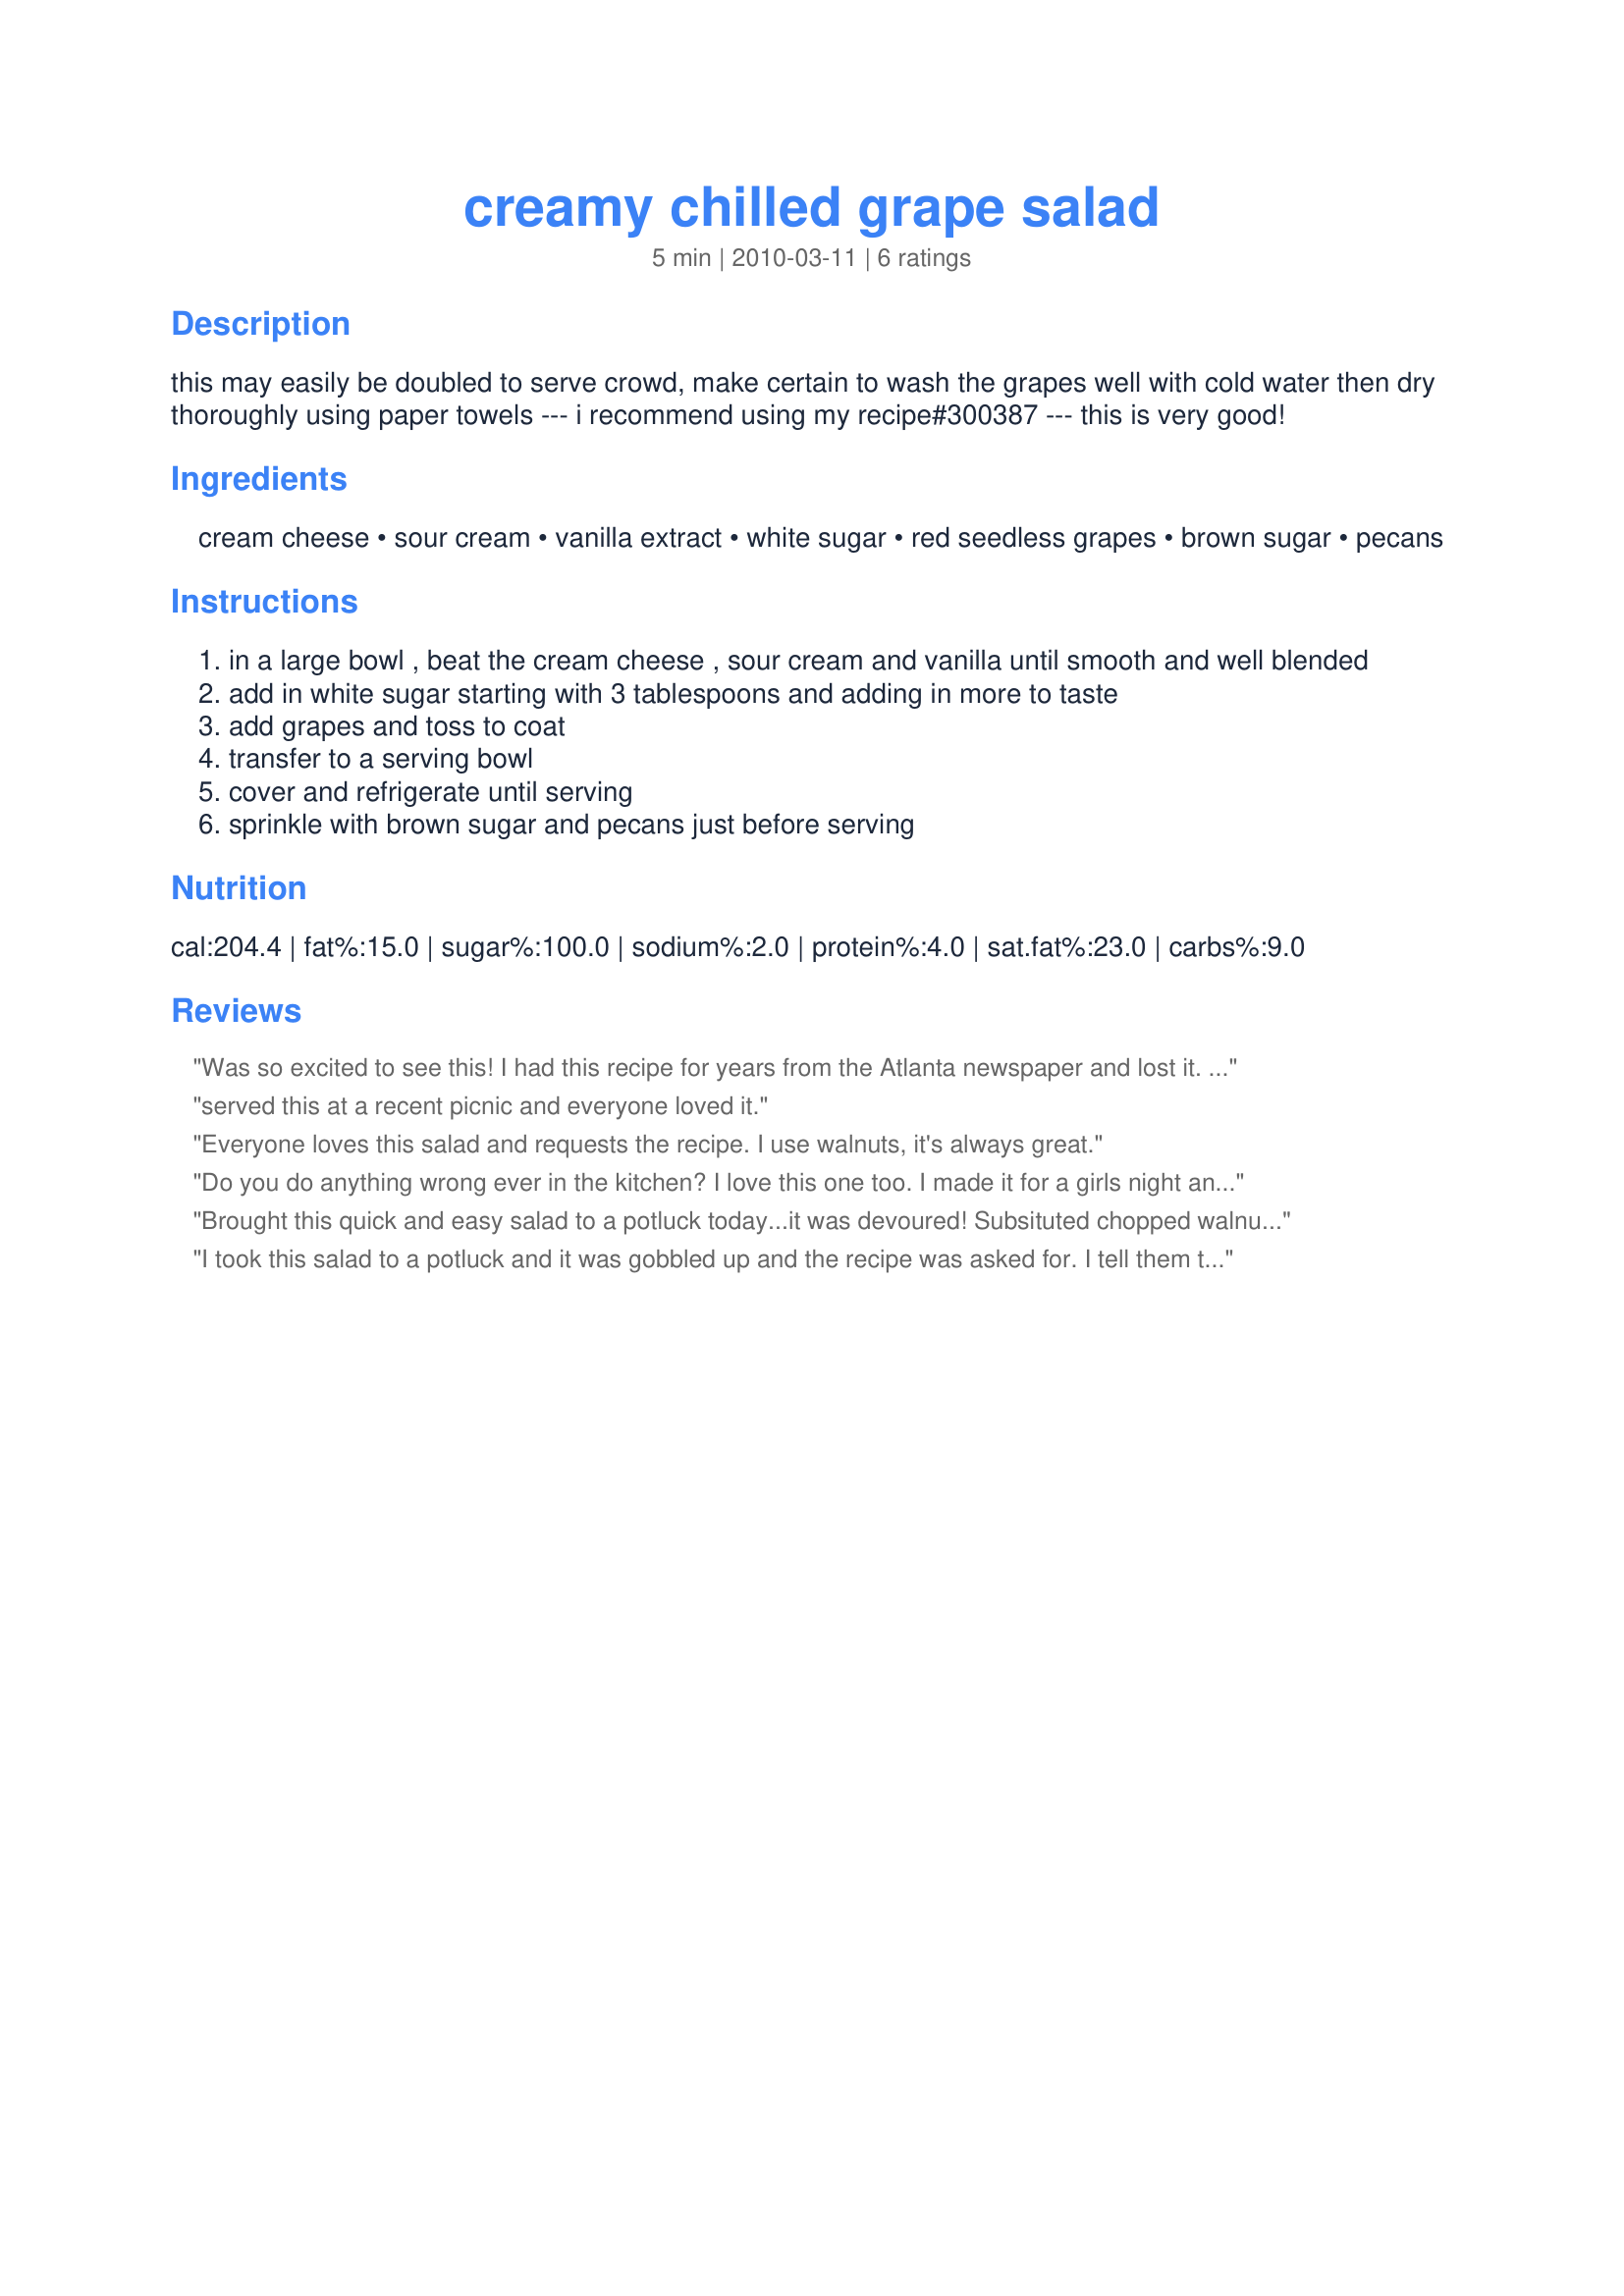
creamy chilled grape salad
Preparation time: 5 minutes

this may easily be doubled to serve crowd, make certain to wash the grapes well with cold water then dry thoroughly using paper towels --- i recommend using my recipe#300387 --- this is very good!

Ingredients:
cream cheese, sour cream, vanilla extract, white sugar, red seedless grapes, brown sugar, pecans

Steps:
in a large bowl , beat the cream cheese , sour cream and vanilla until smooth and well blended
add in white sugar starting with 3 tablespoons and adding in more to taste
add grapes and toss to coat
transfer to a serving bowl
cover and refrigerate until serving
sprinkle with brown sugar and pecans just before serving

Reviews:
Was so excited to see this! I had this recipe for years from the Atlanta newspaper and lost it. It was too far back for them to locate; so this was a delight to find. Thanks for bringing it back! It&#039;s wonderful for potlucks.
served this at a recent picnic and everyone loved it.
Everyone loves this salad and requests the recipe. I use walnuts, it's always great.
Do you do anything wrong ever in the kitchen? I love this one too. I made it for a girls night and it was devoured. I love that your recipes always make me seem like a master chef yet they are so simple thank you again Kttencal
Brought this quick and easy salad to a potluck today...it was devoured! Subsituted chopped walnuts for the pecans, since that's what I had on hand...but otherwise stuck to the recipe. thanks for the idea!
I took this salad to a potluck and it was gobbled up and the recipe was asked for. I tell them to look it up and Food.com!
